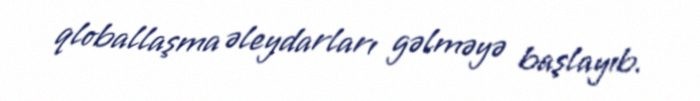
qloballaşma əleydarları gəlməyə başlayıb.